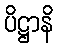
ပိဋ္ဌာနိ